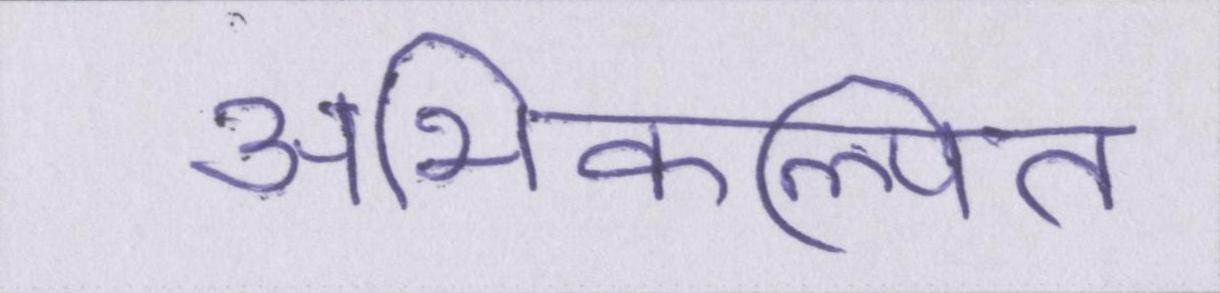
अभिकल्पित